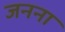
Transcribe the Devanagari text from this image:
जनना